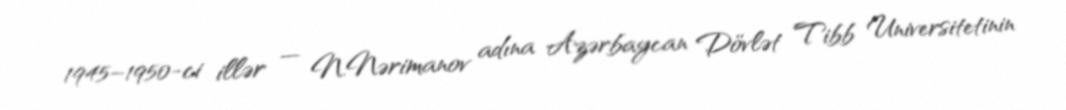
1945–1950-ci illər — N.Nərimanov adına Azərbaycan Dövlət Tibb Universitetinin